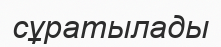
сұратылады